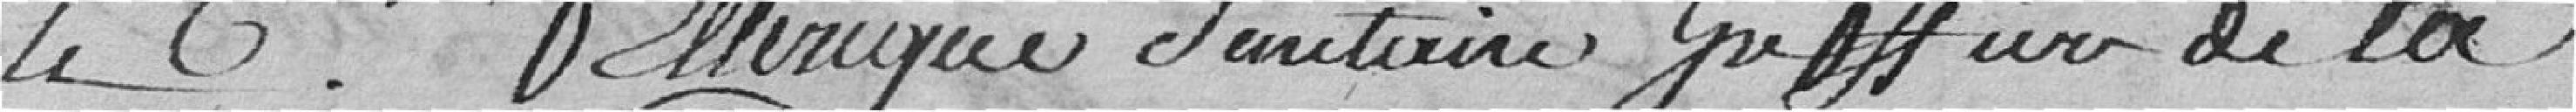
le citoyen Ellerique Senctaire, greffier de la